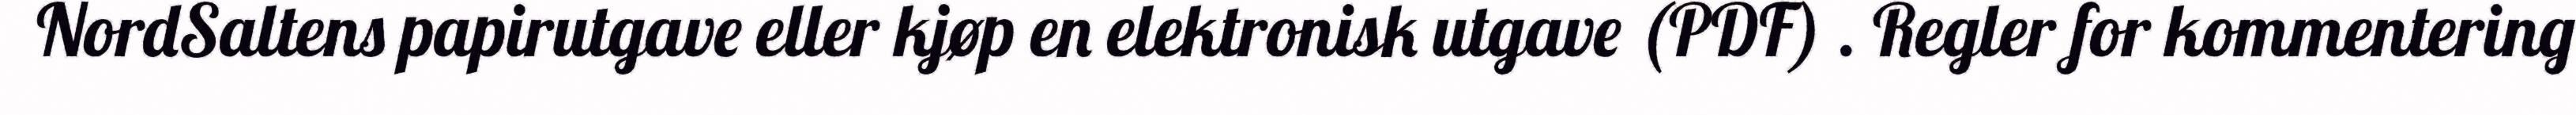
NordSaltens papirutgave eller kjøp en elektronisk utgave (PDF) . Regler for kommentering